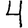
Digit: 4